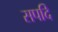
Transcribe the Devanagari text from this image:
सपदि